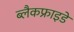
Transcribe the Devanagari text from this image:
ब्लैकफ्राइडे